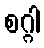
စဂ္ဂါ